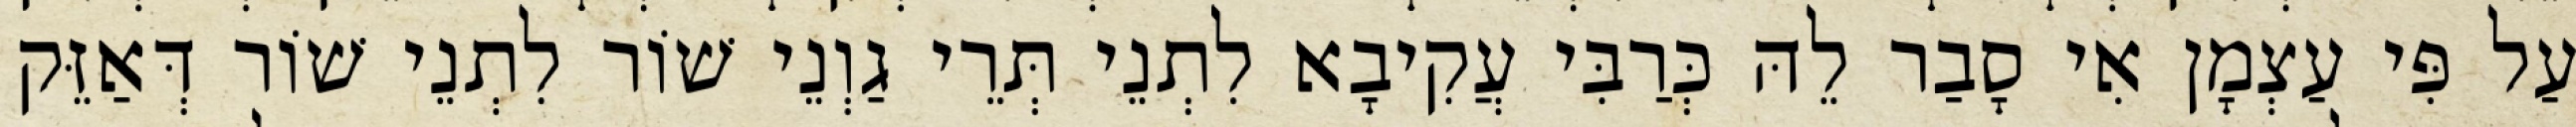
עַל פִּי עַצְמָן אִי סָבַר לֵהּ כְּרַבִּי עֲקִיבָא לִתְנֵי תְּרֵי גַוְנֵי שׁוֹר לִתְנֵי שׁוֹר דְּאַזֵּק